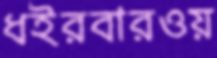
ধইরবারওয়